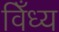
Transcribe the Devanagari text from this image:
विँध्य